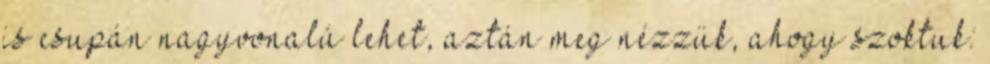
is csupán nagyvonalú lehet, aztán meg nézzük, ahogy szoktuk: